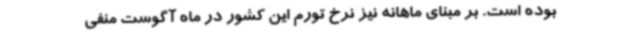
بوده است. بر مبنای ماهانه نیز نرخ تورم این کشور در ماه آگوست منفی